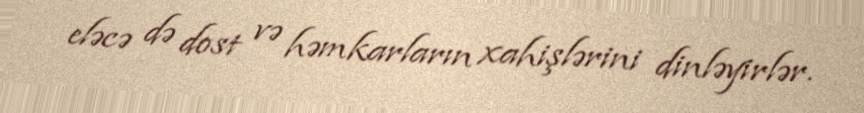
eləcə də dost və həmkarların xahişlərini dinləyirlər.